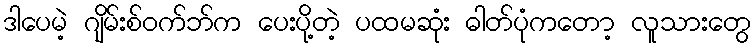
ဒါပေမဲ့ ဂျိမ်းစ်ဝက်ဘ်က ပေးပို့တဲ့ ပထမဆုံး ဓါတ်ပုံကတော့ လူသားတွေ